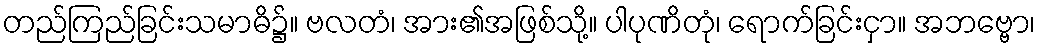
တည်ကြည်ခြင်းသမာဓိ၌။ ဗလတံ၊ အား၏အဖြစ်သို့။ ပါပုဏိတုံ၊ ရောက်ခြင်းငှာ။ အဘဗ္ဗော၊